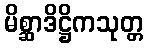
မိစ္ဆာဒိဋ္ဌိကသုတ္တ